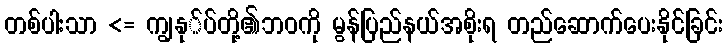
တစ်ပါးသာ <= ကျွနု်ပ်တို့၏ဘဝကို မွန်ပြည်နယ်အစိုးရ တည်ဆောက်ပေးနိုင်ခြင်း